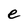
Character: e